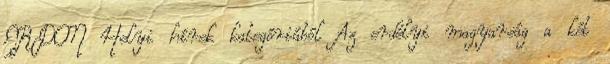
ERDON Helyi hírek kategóriából Az erdélyi magyarság a két